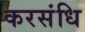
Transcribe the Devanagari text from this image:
करसंधि